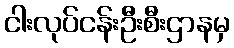
ငါးလုပ်ငန်းဦးစီးဌာနမှ